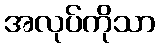
အလုပ်ကိုသာ